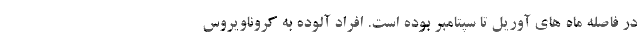
در فاصله ماه های آوریل تا سپتامبر بوده است. افراد آلوده به کروناویروس